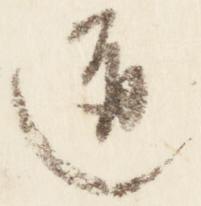
道